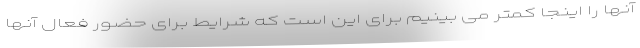
آنها را اینجا کمتر می بینیم برای این است که شرایط برای حضور فعال آنها